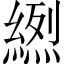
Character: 𦃾